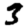
Digit: 3